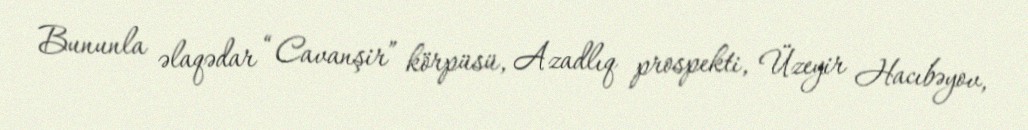
Bununla əlaqədar “Cavanşir” körpüsü, Azadlıq prospekti, Üzeyir Hacıbəyov,